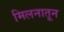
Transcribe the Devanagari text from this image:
मिलनातून